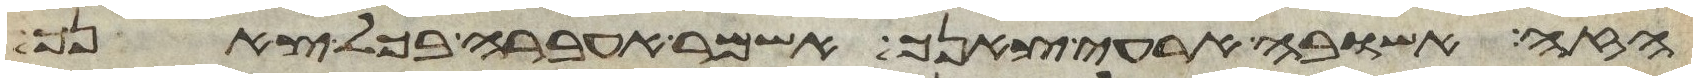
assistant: הזה אשובה ארעה צאנך אשמר אעבר בכל צאנך